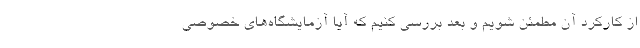
از کارکرد آن مطمئن شویم و بعد بررسی کنیم که آیا آزمایشگاه‌های خصوصی